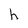
Character: h